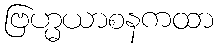
ဗြဟ္မယာစနကထာ